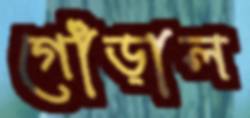
গোঁড়াল